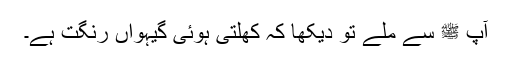
آپ ﷺ سے ملے تو دیکھا کہ کھلتی ہوئی گیہواں رنگت ہے۔